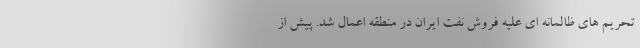
تحریم های ظالمانه ای علیه فروش نفت ایران در منطقه اعمال شد. پیش از